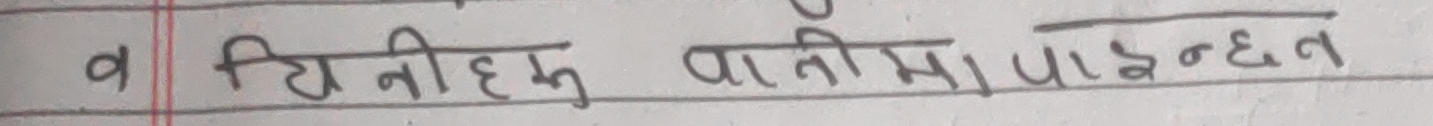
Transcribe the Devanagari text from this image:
व तिनीहरू पार्टीमा पाइन्छन्